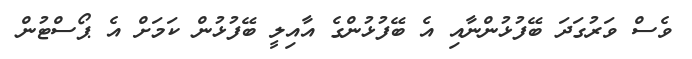
ވެސް ވަރުގަދަ ބޭފުޅުންނާއި އެ ބޭފުޅުންގެ އާއިލީ ބޭފުޅުން ކަަމަށް އެ ޕޯސްޓުން